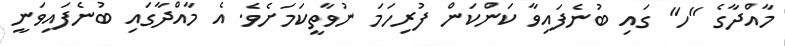
މާއްދާގެ "ހ" ގައި ބުނެފައިވާ ކަންކަން ފުރިހަމަ ނުވާތީކަމަށެވެ. އެ މާއްދާގައި ބުނެފައިވަނީ